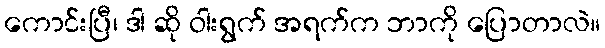
ကောင်းပြီ၊ ဒါ ဆို ဝါးရွက် အရက်က ဘာကို ပြောတာလဲ။